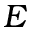
E